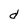
Character: d